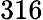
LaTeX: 316